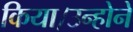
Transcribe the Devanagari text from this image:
किया।उन्होने